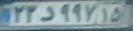
۲۳د۹۹۷۱۵